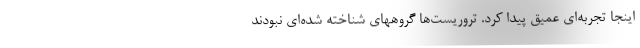
اینجا تجربه‌ای عمیق پیدا کرد. تروریست‌ها گروههای شناخته شده‌ای نبودند